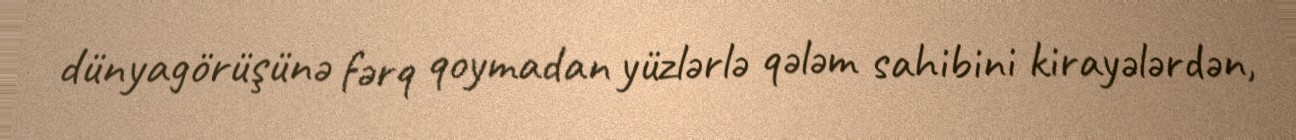
dünyagörüşünə fərq qoymadan yüzlərlə qələm sahibini kirayələrdən,